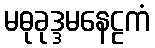
မဓုခုဒ္ဒမနေဠကံ